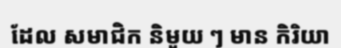
ដែល សមាជិក និមួយ ៗ មាន កិរិយា